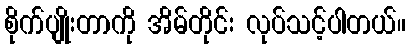
စိုက်ပျိုးတာကို အိမ်တိုင်း လုပ်သင့်ပါတယ်။